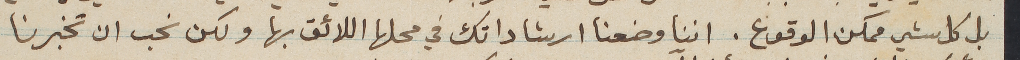
بل كل شي ممكن الوقوع. اننا وضعنا ارشاداتك في محلها اللائق بها ولكن نحب ان تخبرنا